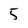
Character: 5